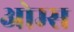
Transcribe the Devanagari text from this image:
ओम्स